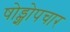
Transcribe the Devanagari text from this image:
षोड्शोपचार